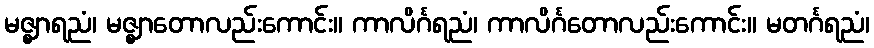
မဇ္ဈာရညံ၊ မဇ္ဈာတောလည်းကောင်း။ ကာလိင်္ဂရညံ၊ ကာလိင်္ဂတောလည်းကောင်း။ မတင်္ဂရညံ၊